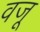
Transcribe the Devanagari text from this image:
वजू